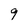
Character: 9